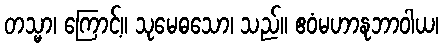
တသ္မာ၊ ကြောင့်။ သုမေဓသော၊ သည်။ ဧဝံမဟာနုဘာဝါယ၊